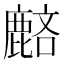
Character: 𪊺